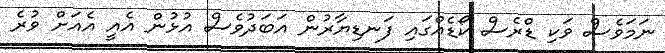
ނަމަވެސް ވަކި ޑްރެސް ކޯޑެއްގައި ފަނޑިޔާރުން އަބަދުވެސް އުޅުން އެއީ އެއަށް ވުރެ